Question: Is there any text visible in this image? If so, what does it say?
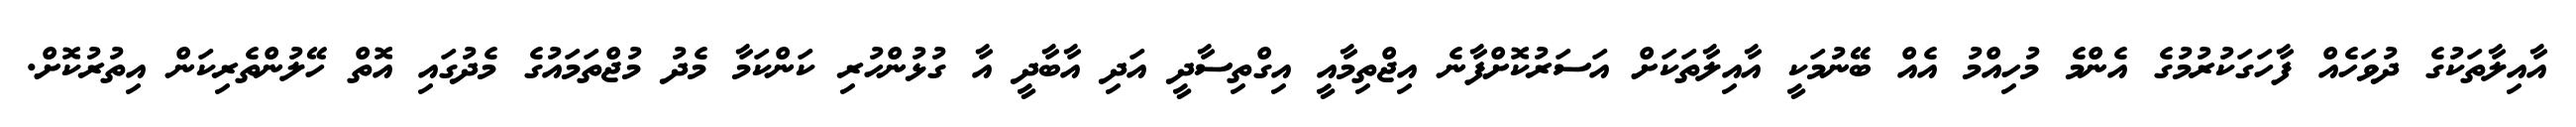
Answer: އާއިލާތަކުގެ ދުވަހެއް ފާހަގަކުރުމުގެ އެންމެ މުހިއްމު އެއް ބޭނުމަކީ އާއިލާތަކަށް އަސަރުކޮށްފާނެ އިޖްތިމާއީ އިގްތިސާދީ އަދި އާބާދީ އާ ގުޅުންހުރި ކަންކަމާ މެދު މުޖްތަމައުގެ މެދުގައި އޮތް ހޭލުންތެރިކަން އިތުރުކޮށް.